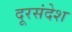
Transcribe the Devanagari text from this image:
दूरसंदेश